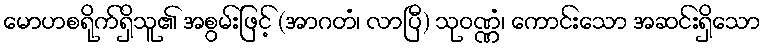
မောဟစရိုက်ရှိသူ၏ အစွမ်းဖြင့် (အာဂတံ၊ လာပြီ) သုဝဏ္ဏံ၊ ကောင်းသော အဆင်းရှိသော